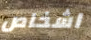
اشخاص